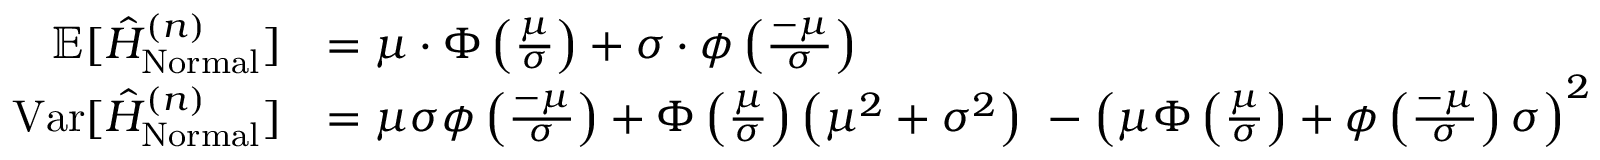
\begin{array} { r l } { \mathbb { E } [ \hat { H } _ { \mathrm { N o r m a l } } ^ { ( n ) } ] } & { = \mu \cdot \Phi \left( \frac { \mu } { \sigma } \right) + \sigma \cdot \phi \left( \frac { - \mu } { \sigma } \right) } \\ { \mathrm { V a r } [ \hat { H } _ { \mathrm { N o r m a l } } ^ { ( n ) } ] } & { = \mu \sigma \phi \left( \frac { - \mu } { \sigma } \right) + \Phi \left( { \frac { \mu } { \sigma } } \right) \left( \mu ^ { 2 } + \sigma ^ { 2 } \right) \ - \left( \mu \Phi \left( \frac { \mu } { \sigma } \right) + \phi \left( \frac { - \mu } { \sigma } \right) \sigma \right) ^ { 2 } } \end{array}